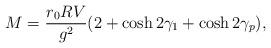
LaTeX: \begin{align*}M = {r_0 RV \over g^2}(2+\cosh 2\gamma_1 + \cosh2\gamma_p),\end{align*}